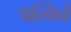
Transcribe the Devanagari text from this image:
पत्निने